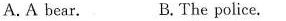
A.A bear. B,The police.